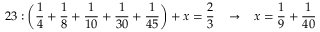
2 3 : { \bigg ( } { \frac { 1 } { 4 } } + { \frac { 1 } { 8 } } + { \frac { 1 } { 1 0 } } + { \frac { 1 } { 3 0 } } + { \frac { 1 } { 4 5 } } { \bigg ) } + x = { \frac { 2 } { 3 } } \; \; \; \rightarrow \; \; \; x = { \frac { 1 } { 9 } } + { \frac { 1 } { 4 0 } }